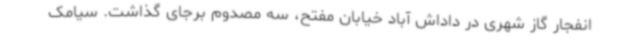
انفجار گاز شهری در داداش آباد خیابان مفتح، سه مصدوم برجای گذاشت. سیامک